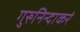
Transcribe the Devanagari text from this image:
गुरुनिन्दाकरं